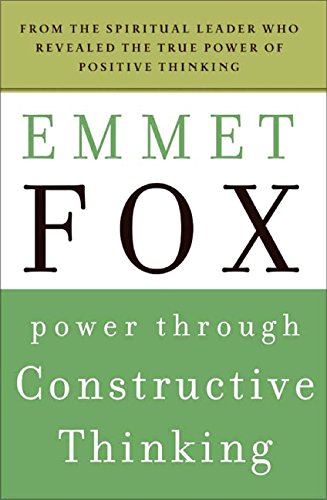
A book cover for Power Through Constructive Thinking (Plus); Emmet Fox; Religion & Spirituality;